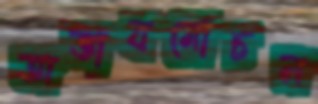
অভাবমোচন